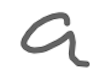
Text: a
Cross-out: clean
Writing tool: digital_gray